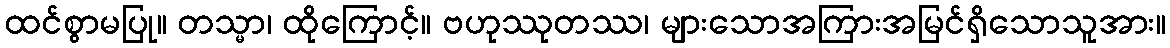
ထင်စွာမပြု။ တသ္မာ၊ ထိုကြောင့်။ ဗဟုဿုတဿ၊ များသောအကြားအမြင်ရှိသောသူအား။